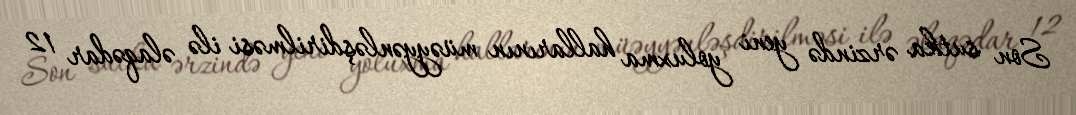
Son sutka ərzində yeni yoluxma hallarının müəyyənləşdirilməsi ilə əlaqədar 12